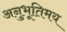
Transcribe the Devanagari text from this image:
अनुभूतिमय